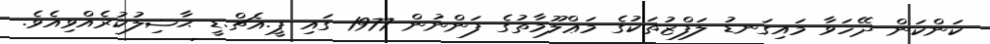
ކަންކަން ދޭހަވާ މައިގަނޑު ލަފްޒުތަކުގެ މަޢްލޫމާތުގެ ފަންނުން 1977 ގައި ޕީ.އެޗް.ޑީ ޙާޟިލުކުރެއްވިއެވެ.